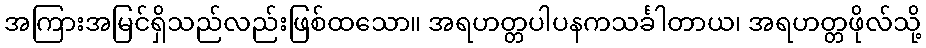
အကြားအမြင်ရှိသည်လည်းဖြစ်ထသော။ အရဟတ္တပါပနကသင်္ခါတာယ၊ အရဟတ္တဖိုလ်သို့